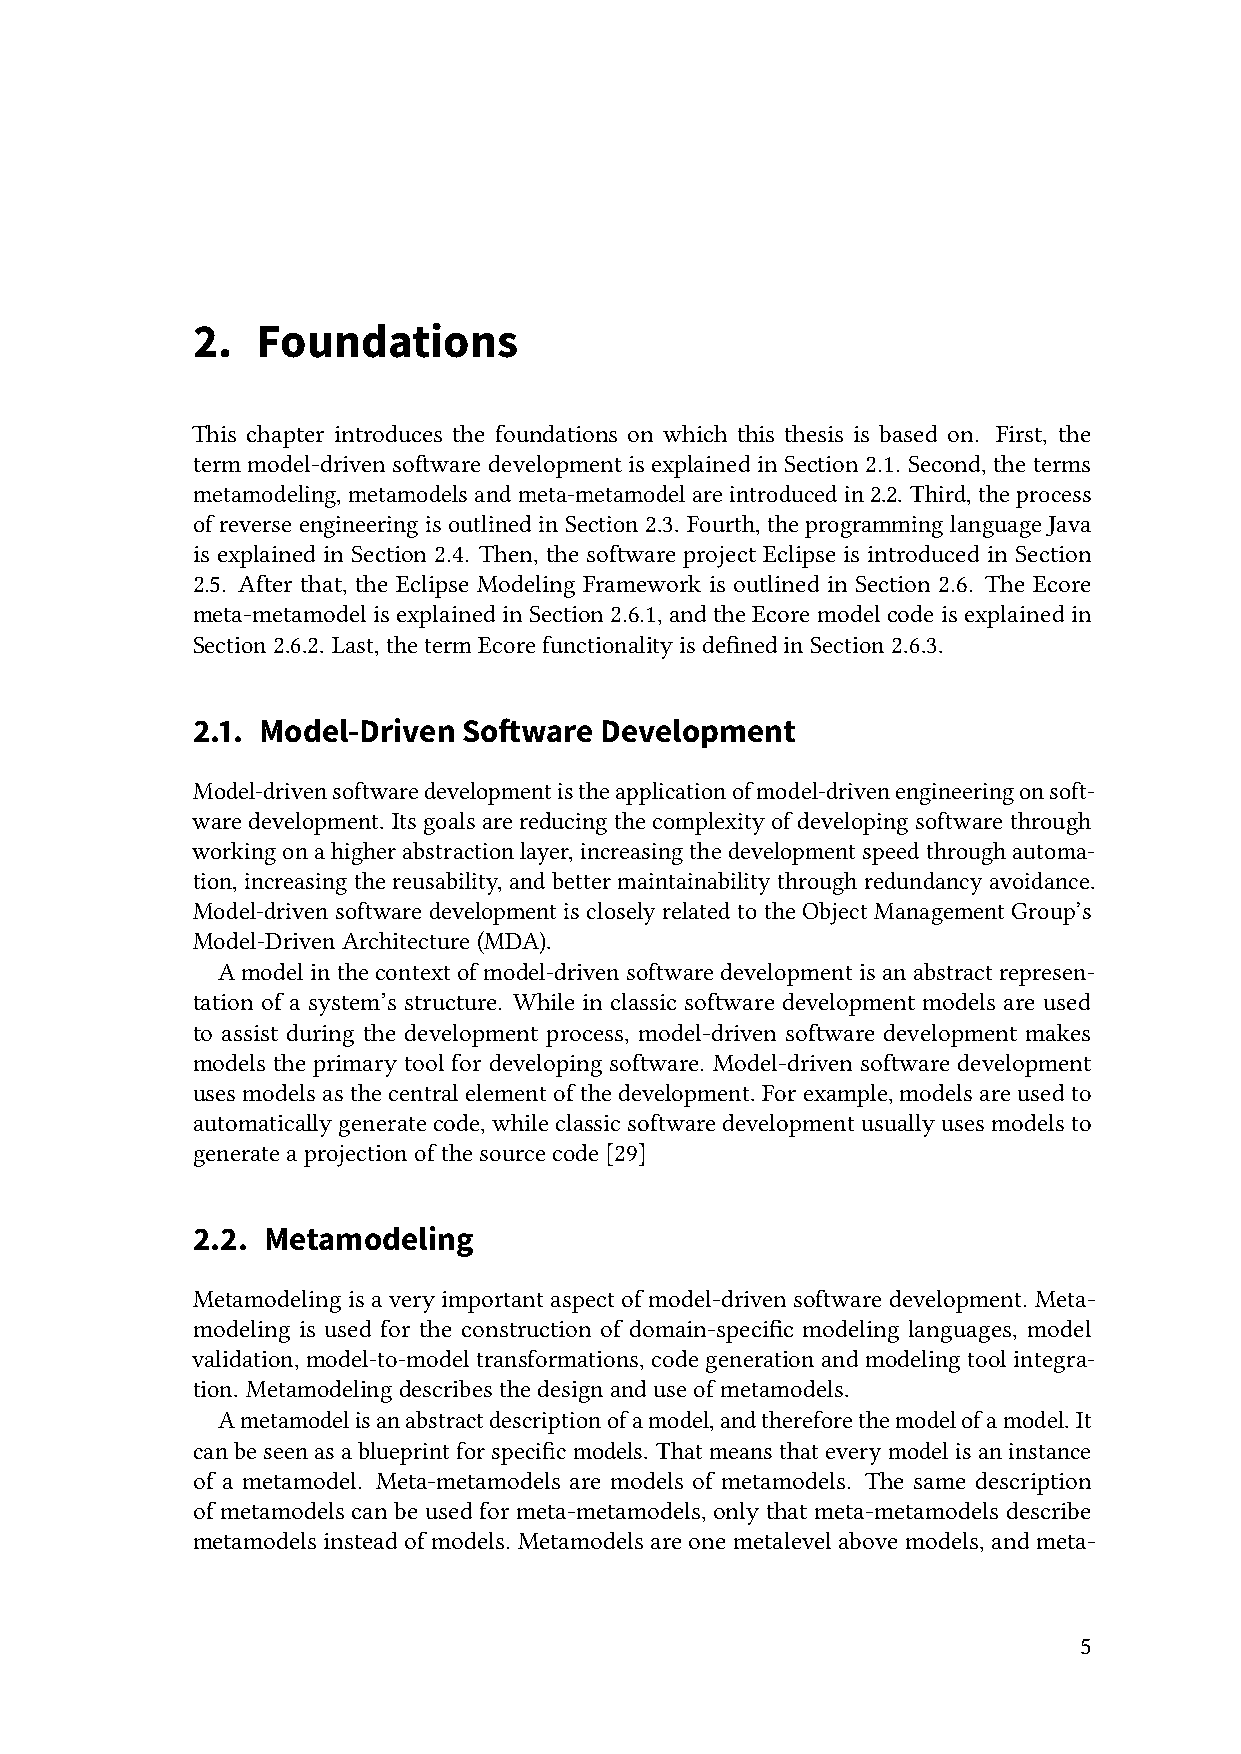
2.  Foundations
 This chapter introduces the foundations on which this thesis is based on. First, the
 termmodel-drivensoftwaredevelopmentisexplainedinSection2.1. Second,theterms
 metamodeling,metamodelsandmeta-metamodelareintroducedin2.2. Third,theprocess
 ofreverseengineeringisoutlinedinSection2.3. Fourth, theprogramminglanguageJava
 is explained in Section 2.4. Then, the software project Eclipse is introduced in Section
 2.5. After that, the Eclipse Modeling Framework is outlined in Section 2.6. The Ecore
 meta-metamodelisexplainedinSection2.6.1,andtheEcoremodelcodeisexplainedin
 Section2.6.2. Last,thetermEcorefunctionalityisdefinedinSection2.6.3.
 2.1. Model-Driven Software Development
 Model-drivensoftwaredevelopmentistheapplicationofmodel-drivenengineeringonsoft-
 waredevelopment. Itsgoalsare reducingthecomplexityofdevelopingsoftwarethrough
 workingonahigherabstractionlayer,increasingthedevelopmentspeedthroughautoma-
 tion,increasingthereusability,andbettermaintainabilitythroughredundancyavoidance.
 Model-drivensoftware development iscloselyrelated totheObjectManagementGroup’s
 Model-DrivenArchitecture(MDA).
 Amodelin thecontextof model-drivensoftwaredevelopmentis anabstractrepresen-
 tation of a system’s structure. While in classic software development models are used
 to assist during the development process, model-driven software development makes
 models the primary tool for developing software. Model-driven software development
 usesmodelsasthecentralelementofthedevelopment. Forexample,modelsareusedto
 automaticallygenerate code,whileclassic softwaredevelopmentusually usesmodelsto
 generateaprojectionofthesourcecode[29]
 2.2. Metamodeling
 Metamodeling isa very importantaspect of model-driven softwaredevelopment. Meta-
 modeling is used for the construction of domain-specific modeling languages, model
 validation, model-to-model transformations, code generation and modeling tool integra-
 tion. Metamodelingdescribesthedesignanduseofmetamodels.
 Ametamodelisanabstractdescriptionofamodel,andthereforethemodelofamodel. It
 canbeseenasablueprintforspecificmodels. Thatmeansthateverymodelisaninstance
 of a metamodel. Meta-metamodels are models of metamodels. The same description
 of metamodels can be used for meta-metamodels, only that meta-metamodels describe
 metamodelsinsteadofmodels. Metamodelsareonemetalevelabovemodels,andmeta-
 5